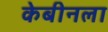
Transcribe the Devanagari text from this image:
केबीनला